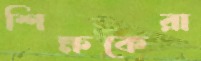
শিক্ষকেরা